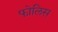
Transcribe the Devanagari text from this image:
फोलिस